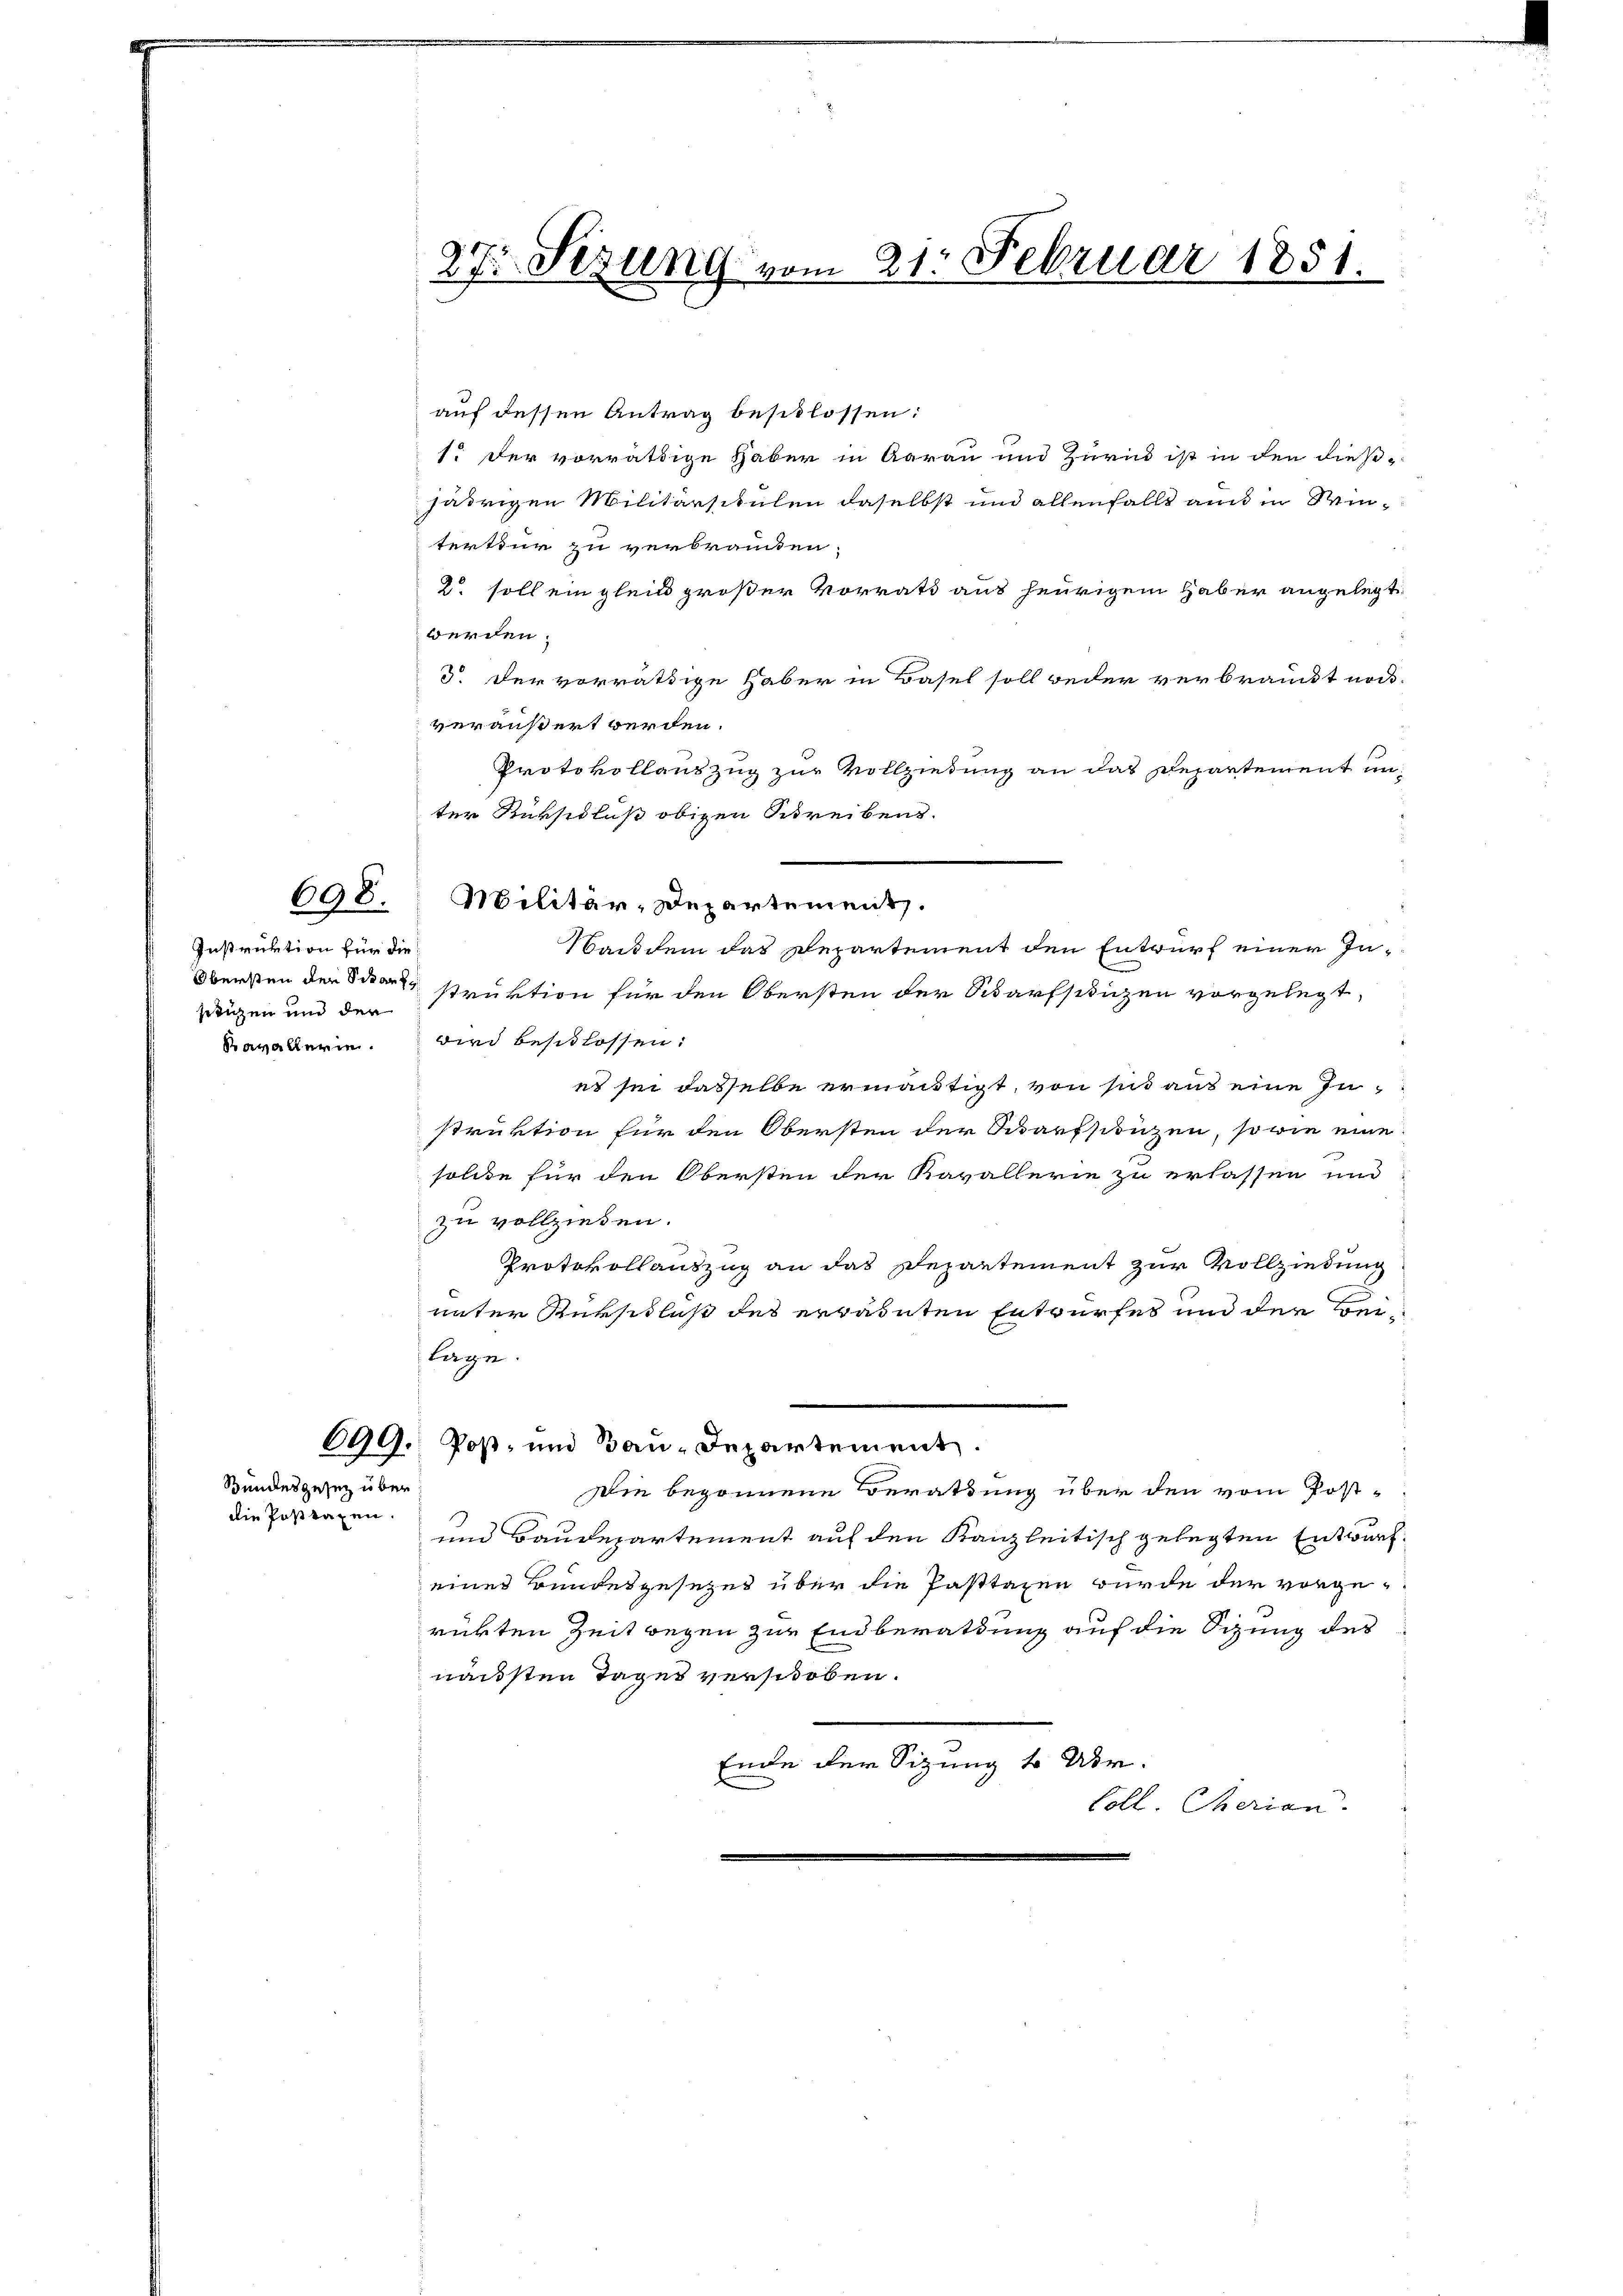
Instruktion für die
sitzen und der
Savallerin.

698.

Bundesgesetz über
die Posttaxen.

899.

27. Sezung vom 21. Februar 1851.

auf dessen Antrag beschlossen:
1. Der vorräthige Haber in Aarau und Zurns ist in den dießjährigen Militärsitulen daselbst und allenfalls auch in Winterteur zu verbrancken.
2 soll ein gleich großer Vorrath aus heurigem Haber angelegt
werden.
3 der vorräthige Haber in Basel soll weder verbrauckt noch
veräußert werden.
Protokollauszug zur Vollziehung an das Departement un¬
Wasdem das Repartement den Entwurf einer In¬
Obersten den Schors struktion für den Obersten der Scharfsitzen vorgelegt,
wird beschlossen:
es sei dasselbe ermäutigt, von sind aus eine Instruktion für den Obersten der Scharfschüzen, sowie eine
solche für den Obersten der Kavallerie zu erlassen und
zu vollziehen.
Protokollauszug an das Departement zur Vollziedung
unter Rückschluß des erwarnten Entwurfes und der Beilage.
Post- und Bau-Departement.
Die begonnene Berathung über den vom Post-
und Baudepartement auf den Kanzleitisch gelegten Entwurf.
einer Bundesgesezes über die Pasttagen wurde der vorgerükten Zeit wegen zur Endberathung auf die Sizung des
nächsten Tages verschoben.
Ende der Sitzung 4 Uhr.
E
Coll. Cherian.

ter Rüksidlus obigen Schreibens.
Militär-Departement.